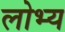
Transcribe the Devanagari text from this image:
लोभ्य